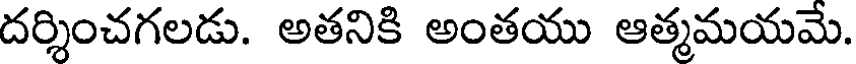
దర్శించగలడు. అతనికి అంతయు ఆత్మమయమే.